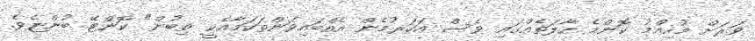
ވަރަށް މުހިއްމު ކޮންމެ ހާލަތެއްގައި ވެސް އަހަރުމެން އެއްބައިވަންތަކަމާއެކީ ތިބުން" ކޮންޓޭ ބުންޏެވެ.